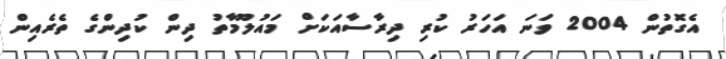
އެގޮތުން 2004 ވަނަ އަހަރު ކުރި ދިރާސާއަކަށް މައުލޫމާތު ދިން ކުދިންގެ ތެރެއިން